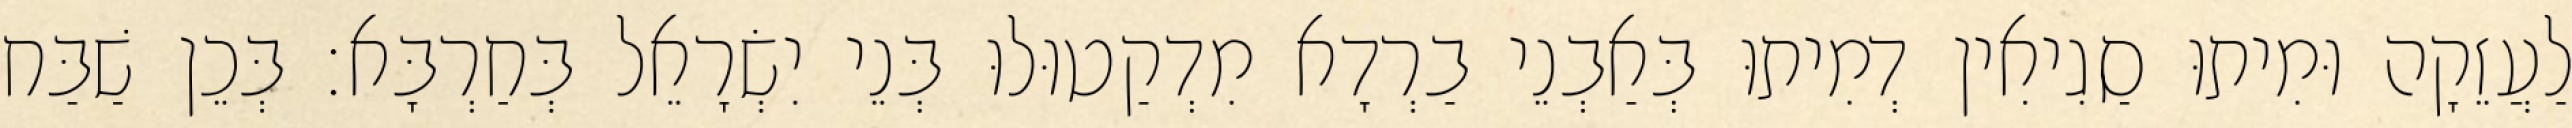
לַעֲזֵקָה וּמִיתוּ סַגִיאִין דְמִיתוּ בְּאַבְנֵי בַרְדָא מִדְקַטוּלוּ בְּנֵי יִשְׂרָאֵל בְּחַרְבָּא׃ בְּכֵן שַׁבַּח